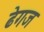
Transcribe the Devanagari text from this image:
ढेगज